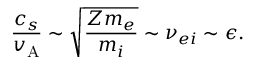
\frac { c _ { s } } { v _ { \mathrm { A } } } \sim \sqrt { \frac { Z m _ { e } } { m _ { i } } } \sim \nu _ { e i } \sim \epsilon .